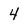
Character: 4